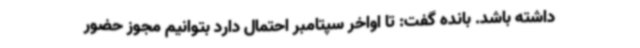
داشته باشد. بانده گفت: تا اواخر سپتامبر احتمال دارد بتوانیم مجوز حضور